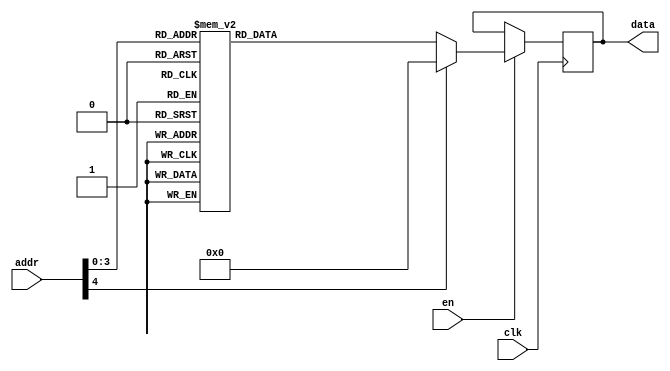
module ROM (clk, en, addr, data);
  input clk, en;
  input [4:0] addr;
  output reg [3:0] data;

  always @(posedge clk) begin
    if (en) begin
      case (addr)
        5'b00000: data = 4'b0110;
        5'b00001: data = 4'b1010;
        5'b00010: data = 4'b1110;
        5'b00011: data = 4'b0110;
        5'b00100: data = 4'b1111;
        5'b00101: data = 4'b1010;
        5'b00110: data = 4'b1100;
        5'b00111: data = 4'b0000;
        5'b01000: data = 4'b1011;
        5'b01001: data = 4'b0010;
        5'b01010: data = 4'b1110;
        5'b01011: data = 4'b0010;
        5'b01100: data = 4'b0100;
        5'b01101: data = 4'b1010;
        5'b01110: data = 4'b1100;
        5'b01111: data = 4'b0110;
        default: data = 4'b0000;
      endcase
    end
  end
endmodule